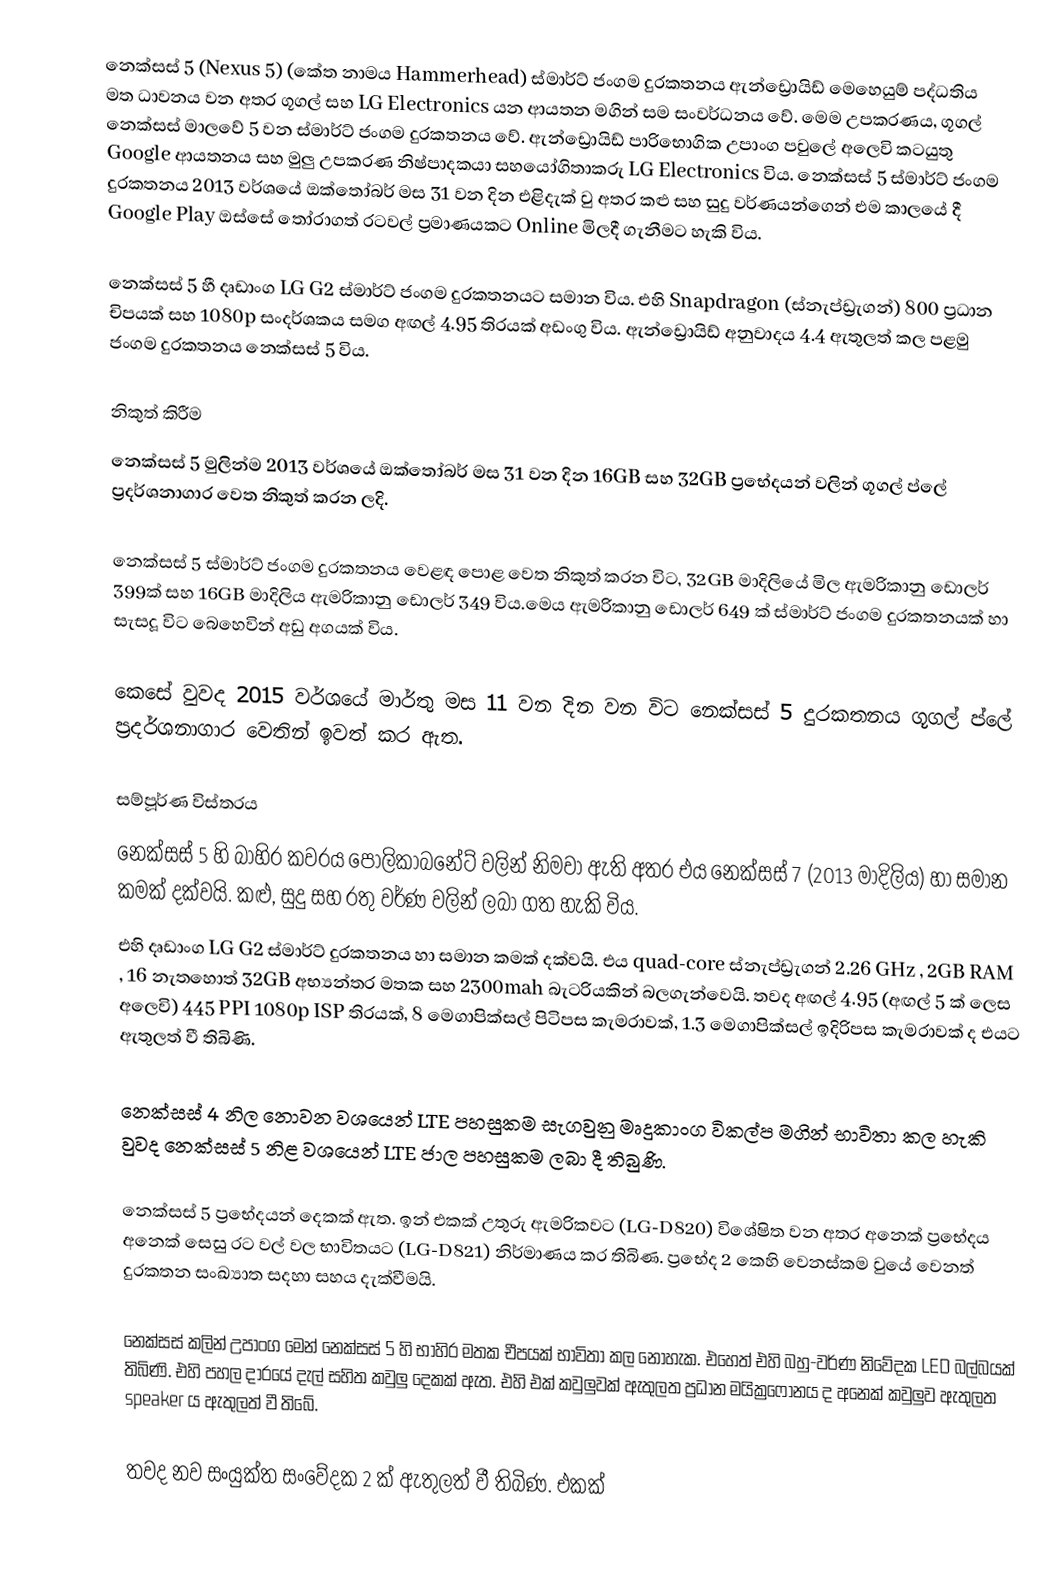
නෙක්සස් 5 (Nexus 5) (කේත නාමය Hammerhead) ස්මාර්ට් ජංගම දුරකතනය ඇන්ඩ්‍රොයිඩ් මෙහෙයුම් පද්ධතිය මත ධාවනය වන අතර ගූගල් සහ LG Electronics යන ආයතන මගින් සම සංවර්ධනය වේ. මෙම උපකරණය, ගූගල් නෙක්සස් මාලවේ 5 වන ස්මාර්ට් ජංගම දුරකතනය වේ. ඇන්ඩ්‍රොයිඩ් පාරිභොගික උපාංග පවුලේ අලෙවි කටයුතු Google ආයතනය සහ මුලු උපකරණ නිෂ්පාදකයා සහයෝගිතාකරු LG Electronics විය. නෙක්සස් 5 ස්මාර්ට් ජංගම දුරකතනය 2013 වර්ශයේ ඔක්තෝබර් මස 31 වන දින එළිදැක් වු අතර කළු සහ සුදු වර්ණයන්ගෙන් එම කාලයේ දී Google Play ඔස්සේ තෝරාගත් රටවල් ප්‍රමාණයකට Online මිලදී ගැනීමට හැකි විය.

නෙක්සස් 5 හී දෘඩාංග LG G2 ස්මාර්ට් ජංගම දුරකතනයට සමාන විය. එහි Snapdragon (ස්නැප්ඩ්‍රැගන්) 800 ප්‍රධාන චිපයක් සහ 1080p සංදර්ශකය සමග අඟල් 4.95 තිරයක් අඩංගු විය. ඇන්ඩ්‍රොයිඩ් අනුවාදය 4.4 ඇතුලත් කල පළමු ජංගම දුරකතනය නෙක්සස් 5 විය.

නිකුත් කිරීම
නෙක්සස් 5 මුලින්ම 2013 වර්ශයේ ඔක්තෝබර් මස 31 වන දින 16GB සහ 32GB ප්‍රභේදයන් වලින් ගූගල් ප්ලේ ප්‍රදර්ශනාගාර වෙත නිකුත් කරන ලදි.

නෙක්සස් 5 ස්මාර්ට් ජංගම දුරකතනය වෙළඳ පොළ වෙත නිකුත් කරන විට, 32GB මාදිලියේ මිල ඇමරිකානු ඩොලර් 399ක් සහ 16GB මාදිලිය ඇමරිකානු ඩොලර් 349 විය.මෙය ඇමරිකානු ඩොලර් 649 ක් ස්මාර්ට් ජංගම දුරකතනයක් හා සැසදූ විට බෙහෙවින් අඩු අගයක් විය.

කෙසේ වුවද 2015 වර්ශයේ මාර්තු මස 11 වන දින වන විට නෙක්සස් 5 දුරකතනය ගූගල් ප්ලේ ප්‍රදර්ශනාගාර වෙතින් ඉවත් කර ඇත.

සම්පූර්ණ විස්තරය
නෙක්සස් 5 හි බාහිර කවරය පොලිකාබනේට් වලින් නිමවා ඇති අතර එය නෙක්සස් 7 (2013 මාදිලිය) හා සමාන කමක් දක්වයි. කළු, සුදු සහ රතු වර්ණ වලින් ලබා ගත හැකි විය.
එහි දෘඩාංග LG G2 ස්මාර්ට් දුරකතනය හා සමාන කමක් දක්වයි. එය quad-core ස්නැප්ඩ්‍රැගන් 2.26 GHz ,  2GB RAM , 16 නැතහොත් 32GB අභ්‍යන්තර මතක සහ 2300mah බැටරියකින් බලගැන්වෙයි. තවද අඟල් 4.95 (අඟල් 5 ක් ලෙස අලෙවි) 445 PPI 1080p  ISP තිරයක්, 8 මෙගාපික්සල් පිටිපස කැමරාවක්, 1.3 මෙගාපික්සල් ඉදිරිපස කැමරාවක් ද එයට ඇතුලත් වී තිබිණි.

නෙක්සස් 4 නිල නොවන වශයෙන් LTE පහසුකම සැගවුනු මෘදුකාංග විකල්ප මගින් භාවිතා කල හැකි වුවද නෙක්සස් 5 නිළ වශයෙන් LTE  ජාල පහසුකම ලබා දී තිබුණි.

නෙක්සස් 5  ප්‍රභේදයන් දෙකක් ඇත.  ඉන් එකක් උතුරු ඇමරිකවට (LG-D820) විශේෂිත වන අතර අනෙක් ප්‍රභේදය අනෙක් සෙසු රට වල් වල භාවිතයට (LG-D821) නිර්මාණය කර තිබිණ.  ප්‍රභේද 2 කෙහි වෙනස්කම වුයේ වෙනත් දුරකතන සංඛ්‍යාත සදහා සහය දැක්වීමයි.

නෙක්සස් කලින් උපාංග මෙන් නෙක්සස් 5  හි භාහිර මතක චීපයක් භාවිතා කල නොහැක. එහෙත් එහි බහු-වර්ණ නිවේදක LED බල්බයක් තිබිණි. එහි පහල දාරයේ දැල් සහිත කවුලු දෙකක් ඇත. එහි එක් කවුලුවක් ඇතුලත ප්‍රධාන මයික්‍රෆෝනය ද අනෙක් කවුලුව ඇතුලත speaker ය ඇතුලත් වී තිබේ.

තවද නව සංයුක්ත සංවේදක  2 ක් ඇතුලත් වී තිබිණ. එකක්